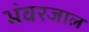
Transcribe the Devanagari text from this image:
भंवरजाल